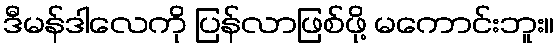
ဒီမန်ဒါလေကို ပြန်လာဖြစ်ဖို့ မကောင်းဘူး။